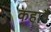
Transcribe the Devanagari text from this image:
कहावै